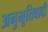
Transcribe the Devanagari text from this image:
अनुभूतिवादी